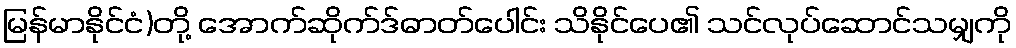
မြန်မာနိုင်ငံ)တို့ အောက်ဆိုက်ဒ်ဓာတ်ပေါင်း သိနိုင်ပေ၏ သင်လုပ်ဆောင်သမျှကို